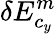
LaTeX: \delta E_{c_{y}}^{m}